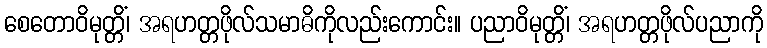
စေတောဝိမုတ္တိံ၊ အရဟတ္တဖိုလ်သမာဓိကိုလည်းကောင်း။ ပညာဝိမုတ္တိံ၊ အရဟတ္တဖိုလ်ပညာကို